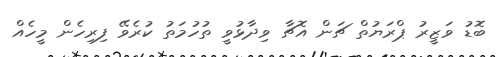
ބޮޑު ވަޒީރު ޕްރަޔުތް ޗަން އޮޗާ ވިދާޅުވީ ތުހުމަތު ކުރެވޭ ފިރިހެން މީހެއް